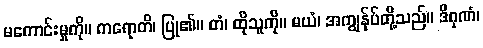
မကောင်းမှုကို။ ကရောတိ၊ ပြု၏။ တံ၊ ထိုသူကို။ မယံ၊ အကျွန်ုပ်တို့သည်။ ဒိဂုဏံ၊